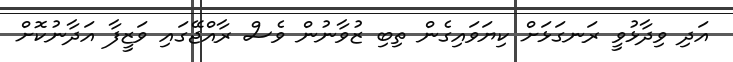
އަދި ވިދާޅުވީ ރަނގަޅަށް ކިޔަވައިގެން ތިބި ޒުވާނުން ވެސް ރާއްޖޭގައި ވަޒީފާ އަދާނުކޮށް